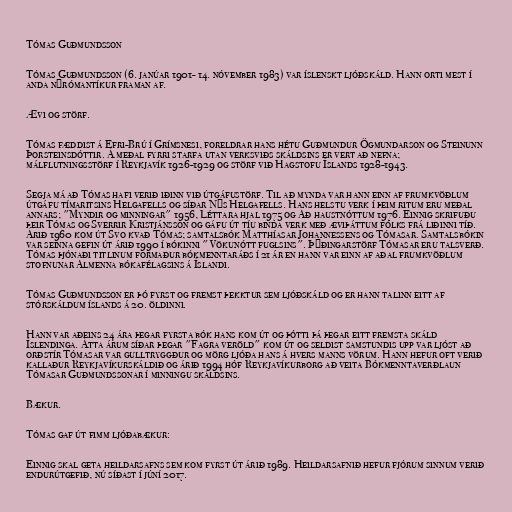
Tómas Guðmundsson

Tómas Guðmundsson (6. janúar 1901- 14. nóvember 1983) var íslenskt ljóðskáld. Hann orti mest í
anda nýrómantíkur framan af.

Ævi og störf.

Tómas fæddist á Efri-Brú í Grímsnesi, foreldrar hans hétu Guðmundur Ögmundarson og Steinunn
Þorsteinsdóttir. Á meðal fyrri starfa utan verksviðs skáldsins er vert að nefna;
málflutningsstörf í Reykjavík 1926-1929 og störf við Hagstofu Íslands 1928-1943.

Segja má að Tómas hafi verið iðinn við útgáfustörf. Til að mynda var hann einn af frumkvöðlum
útgáfu tímaritsins Helgafells og síðar Nýs Helgafells. Hans helstu verk í þeim ritum eru meðal
annars; "Myndir og minningar" 1956, Léttara hjal 1975 og Að haustnóttum 1976. Einnig skrifuðu
þeir Tómas og Sverrir Kristjánsson og gáfu út tíu binda verk með æviþáttum fólks frá liðinni tíð.
Árið 1960 kom út Svo kvað Tómas; samtalsbók Matthíasar Johannessens og Tómasar. Samtalsbókin
var seinna gefin út árið 1990 í bókinni "Vökunótt fuglsins". Þýðingarstörf Tómasar eru talsverð.
Tómas þjónaði titlinum formaður bókmenntaráðs í 21 ár en hann var einn af aðal frumkvöðlum
stofnunar Almenna bókafélagsins á Íslandi.

Tómas Guðmundsson er þó fyrst og fremst þekktur sem ljóðskáld og er hann talinn eitt af
stórskáldum íslands á 20. öldinni.

Hann var aðeins 24 ára þegar fyrsta bók hans kom út og þótti þá þegar eitt fremsta skáld
Íslendinga. Átta árum síðar þegar "Fagra veröld" kom út og seldist samstundis upp var ljóst að
orðstír Tómasar var gulltryggður og mörg ljóða hans á hvers manns vörum. Hann hefur oft verið
kallaður Reykjavíkurskáldið og árið 1994 hóf Reykjavíkurborg að veita Bókmenntaverðlaun
Tómasar Guðmundssonar í minningu skáldsins.

Bækur.

Tómas gaf út fimm ljóðabækur:

Einnig skal geta heildarsafns sem kom fyrst út árið 1989. Heildarsafnið hefur fjórum sinnum verið
endurútgefið, nú síðast í júní 2017.